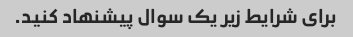
برای شرایط زیر یک سوال پیشنهاد کنید.